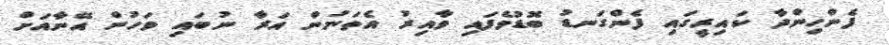
ފެންހިންދާ ކައިރީގައި ފެންގަނޑު ބޮޑުވެފައި ވާއިރު އެތަނުން އަރާ ނުބައި ވަހުން އޭނާއަށް